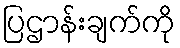
ပြဌာန်းချက်ကို